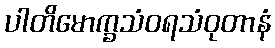
ပါတိမောက္ခသံဝရသံဝုတာနံ